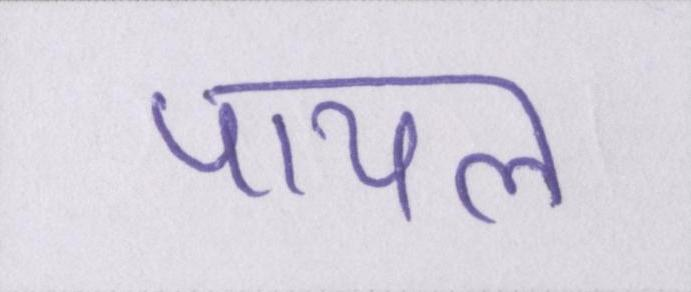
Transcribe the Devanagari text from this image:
पायल